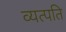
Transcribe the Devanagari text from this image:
व्यत्पति